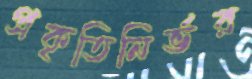
প্রকৃতিনির্ভর